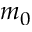
m _ { 0 }